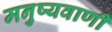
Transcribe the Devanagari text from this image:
मनुष्यवाणी